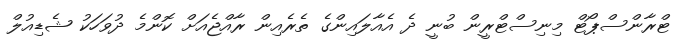
ޓްރާންސްޕޯޓް މިނިސްޓްރީން ބުނީ ދެ އެއާލައިންގެ ތެރެއިން ރާއްޖެއަށް ކޮންމެ ދުވަހަކު ޝެޑިއުލް